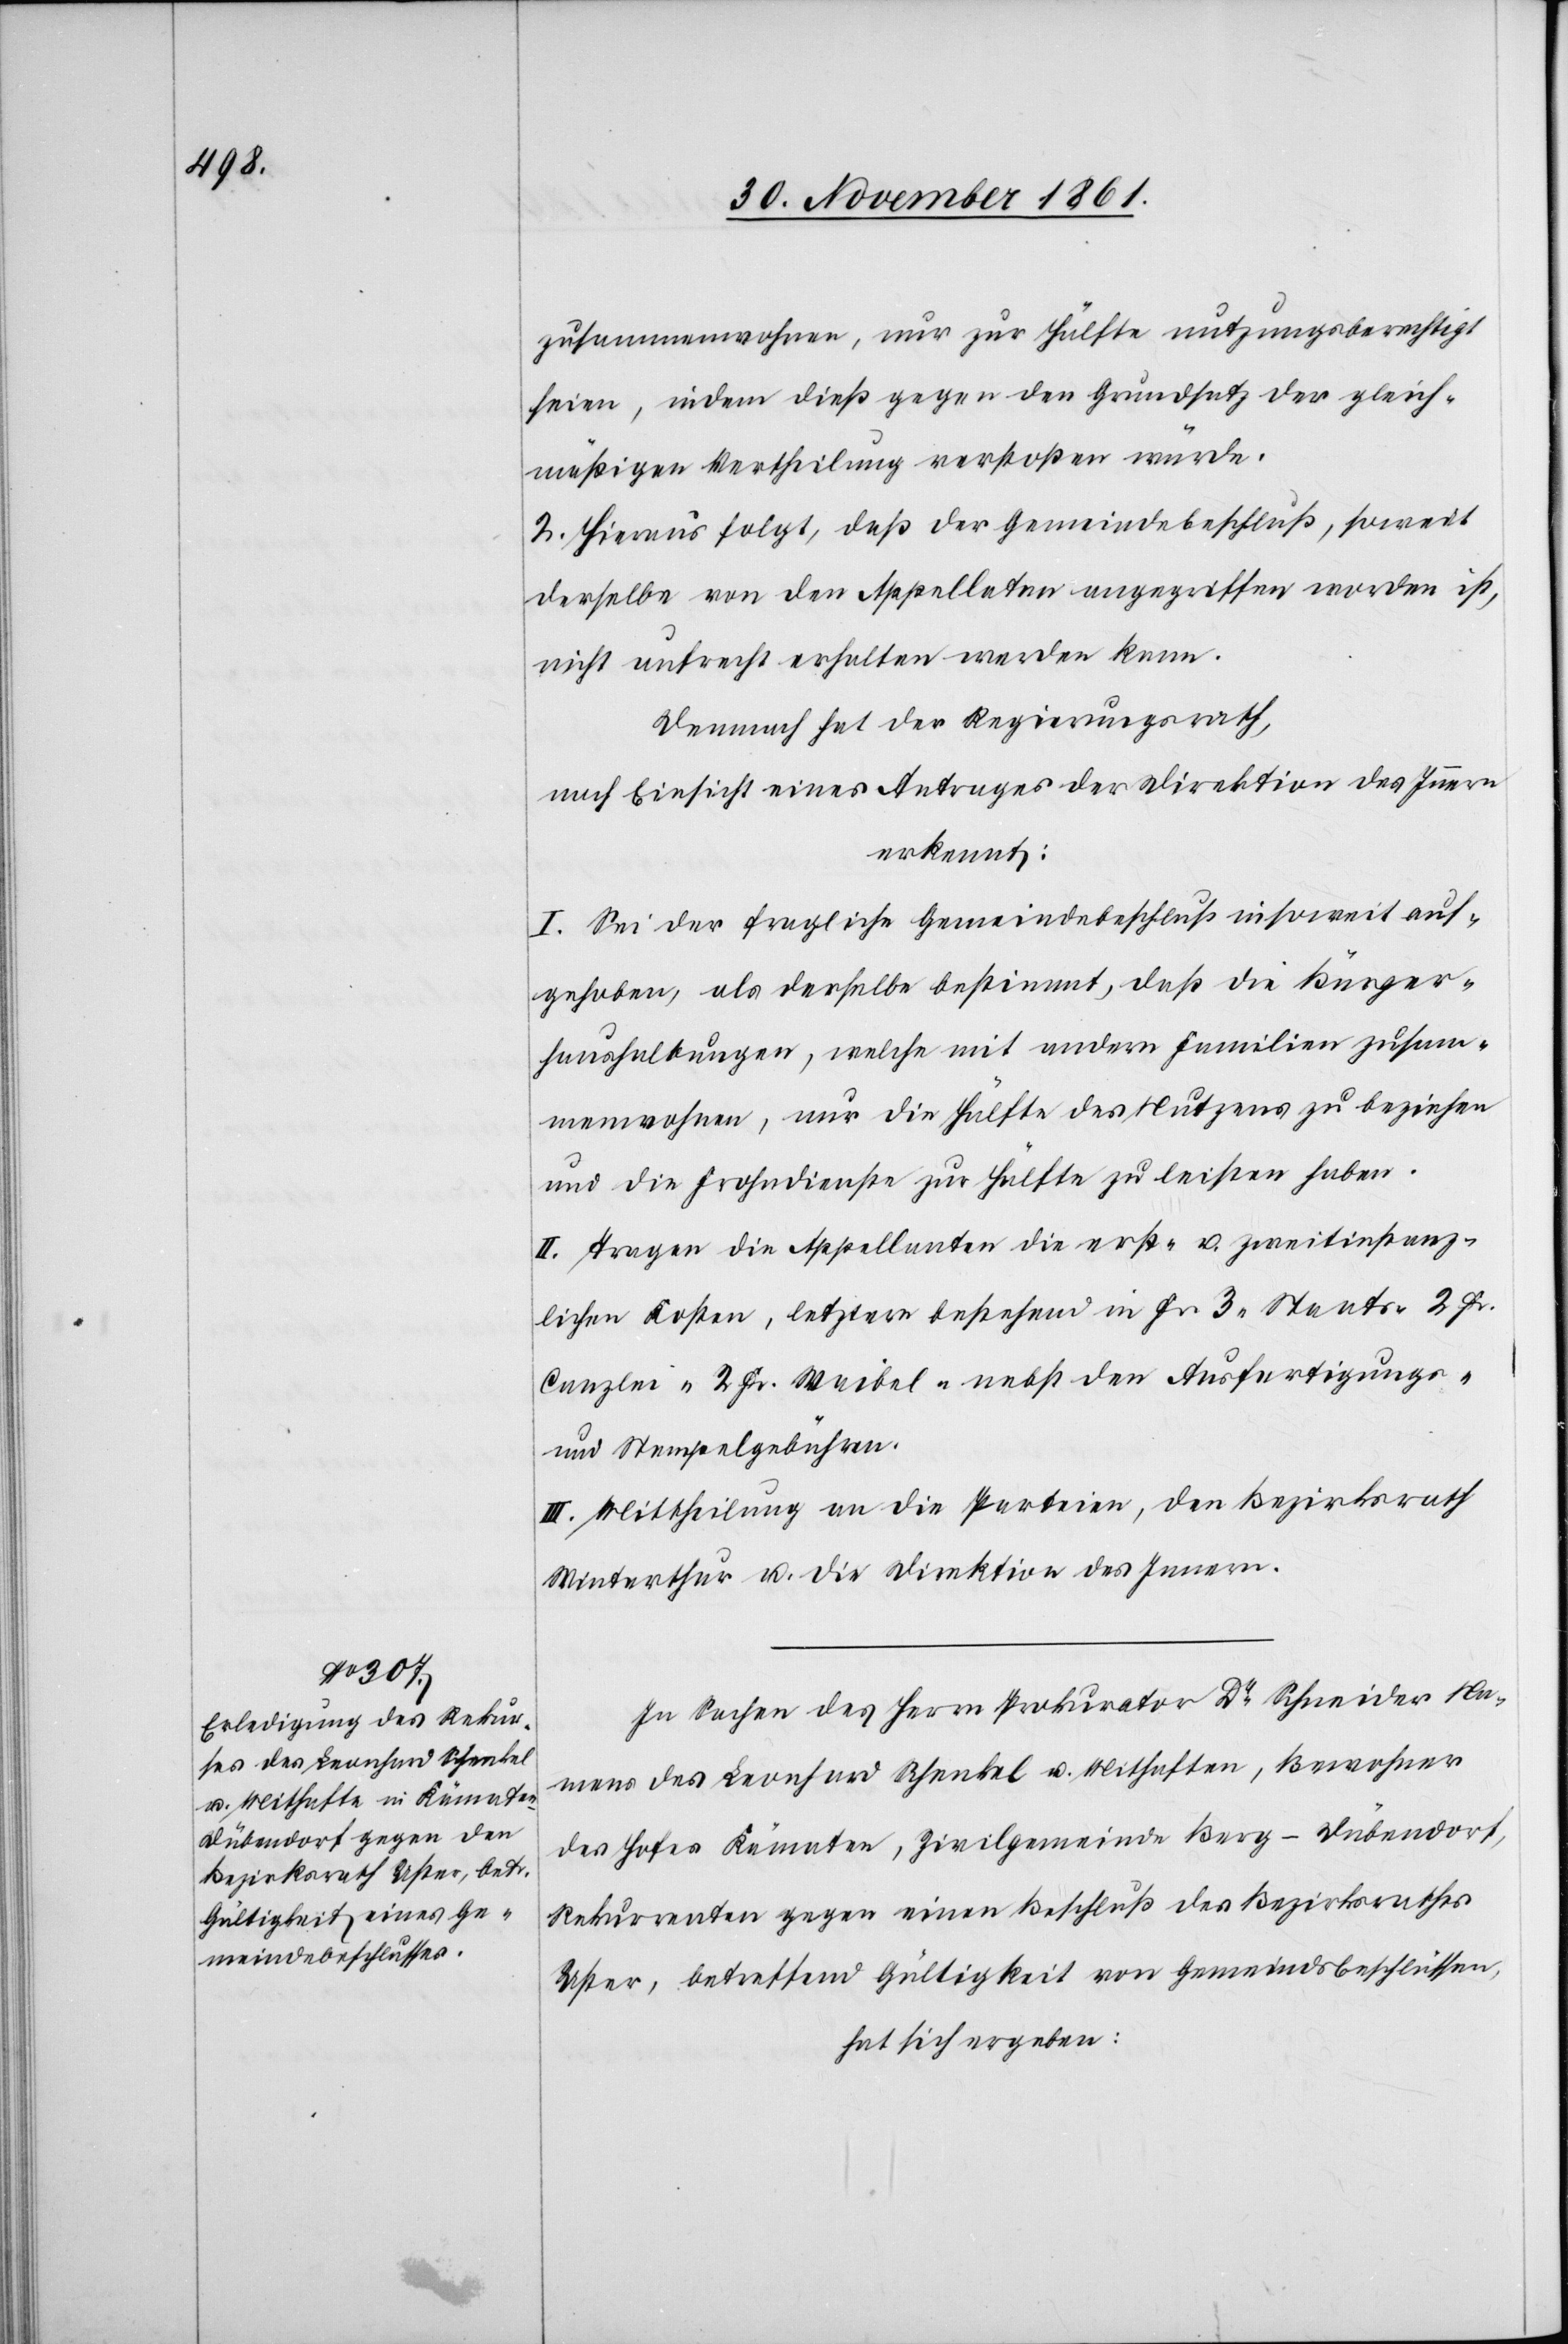
zusammenwohnen, nur zur Hälfte nutzungsberechtigt
seien, indem dieß gegen den Grundsatz der gleich¬
mäßigen Vertheilung verstoßen würde.
2. Hieraus folgt, daß der Gemeindebeschluß, soweit
derselbe von den Appellaten angegriffen worden ist,
nicht aufrecht erhalten werden kann.
Demnach hat der Regierungsrath,
nach Einsicht eines Antrages der Direktion des Innern
erkannt:
I. Sei der fragliche Gemeindebeschluß insoweit auf¬
gehoben, als derselbe bestimmt, daß die Bürger¬
haushaltungen, welche mit andern Familien zusam¬
menwohnen, nur die Hälfte des Nutzens zu beziehen
und die Frohndienste zur Hälfte zu leisten haben.
II. Tragen die Appellanten die erst- u. zweitinstanz¬
lichen Kosten, letztere bestehend in Fr. 3 Staats-[,] 2 Fr.
Canzlei-[,] 2 Fr. Waibel-[,] nebst den Ausfertigungs-
und Stempelgebühren.
III. Mittheilung an die Parteien, den Bezirksrath
Winterthur u. die Direktion des Innern.
In Sachen des Herrn Prokurator Dr Schneider Na¬
mens des Leonhard Schenkel u. Mithaften, Bewohner
des Hofes Kämaten, Zivilgemeinde Berg-Dübendorf,
Rekurrenten gegen einen Beschluß des Bezirksrathes
Uster, betreffend Gültigkeit von Gemeindsbeschlüssen,
hat sich ergeben: